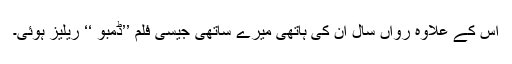
اس کے علاوہ رواں سال ان کی ہاتھی میرے ساتھی جیسی فلم ’’ڈمبو ‘‘ ریلیز ہوئی۔